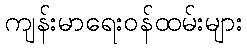
ကျန်းမာရေးဝန်ထမ်းများ